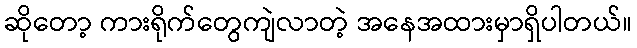
ဆိုတော့ ကားရိုက်တွေကျဲလာတဲ့ အနေအထားမှာရှိပါတယ်။